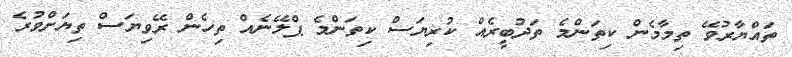
ތައްޔާރުވޭ ތިމާމެން ކިތަންމެ ތަދުބީރެއް ކުރިޔަސް ކިތަންމެ ޕްލޭނެއް ތިހެން ރޭވިޔަސް ތިޔަށްވުރެ